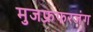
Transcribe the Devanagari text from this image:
मुजफ्रफरजंग